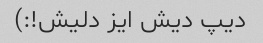
دیپ دیش ایز دلیش!:)